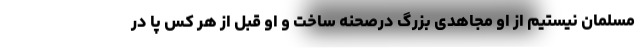
مسلمان نیستیم از او مجاهدی بزرگ درصحنه ساخت و او قبل از هر کس پا در